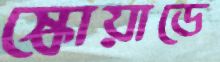
স্কোয়াডে